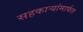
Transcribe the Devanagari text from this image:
सहकाऱ्यांमार्फत